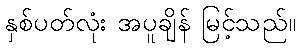
နှစ်ပတ်လုံး အပူချိန် မြင့်သည်။